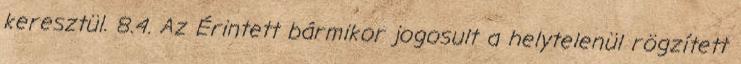
keresztül. 8.4. Az Érintett bármikor jogosult a helytelenül rögzített